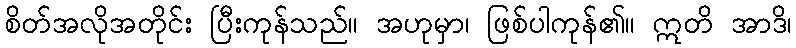
စိတ်အလိုအတိုင်း ပြီးကုန်သည်။ အဟုမှာ၊ ဖြစ်ပါကုန်၏။ ဣတိ အာဒိ၊